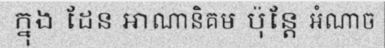
ក្នុង ដែន អាណានិគម ប៉ុន្តែ អំណាច